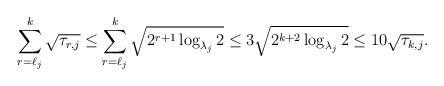
LaTeX: \begin{align*}\sum_{r=\ell_j}^k \sqrt{\tau_{r,j}}\leq \sum_{r=\ell_j}^k \sqrt{2^{r+1} \log_{\lambda_j} 2}\leq3 \sqrt{2^{k+2}\log_{\lambda_j} 2}\leq 10\sqrt{\tau_{k,j}}.\end{align*}